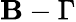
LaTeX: \mathbf{B}-\Gamma